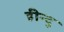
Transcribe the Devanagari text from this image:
हीन्दु